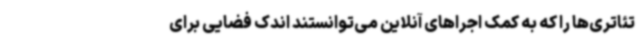
تئاتری‌ها را که به کمک اجراهای آنلاین می‌توانستند اندک فضایی برای